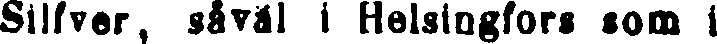
Siifver, såväl ! Helsingfors som l